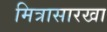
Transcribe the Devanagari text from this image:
मित्रासारखा